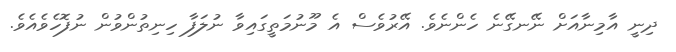
ދިނީ އާމިނާއަށް ނޭނގޭނެ ހެންނެވެ. އޭރުވެސް އެ މޫނުމަތީގައިވާ ނުލަފާ ހިނިތުންވުން ނުފޮހެވެއެވެ.